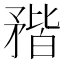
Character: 𥍾